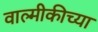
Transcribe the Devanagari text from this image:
वाल्मीकीच्या